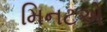
મિનટએ